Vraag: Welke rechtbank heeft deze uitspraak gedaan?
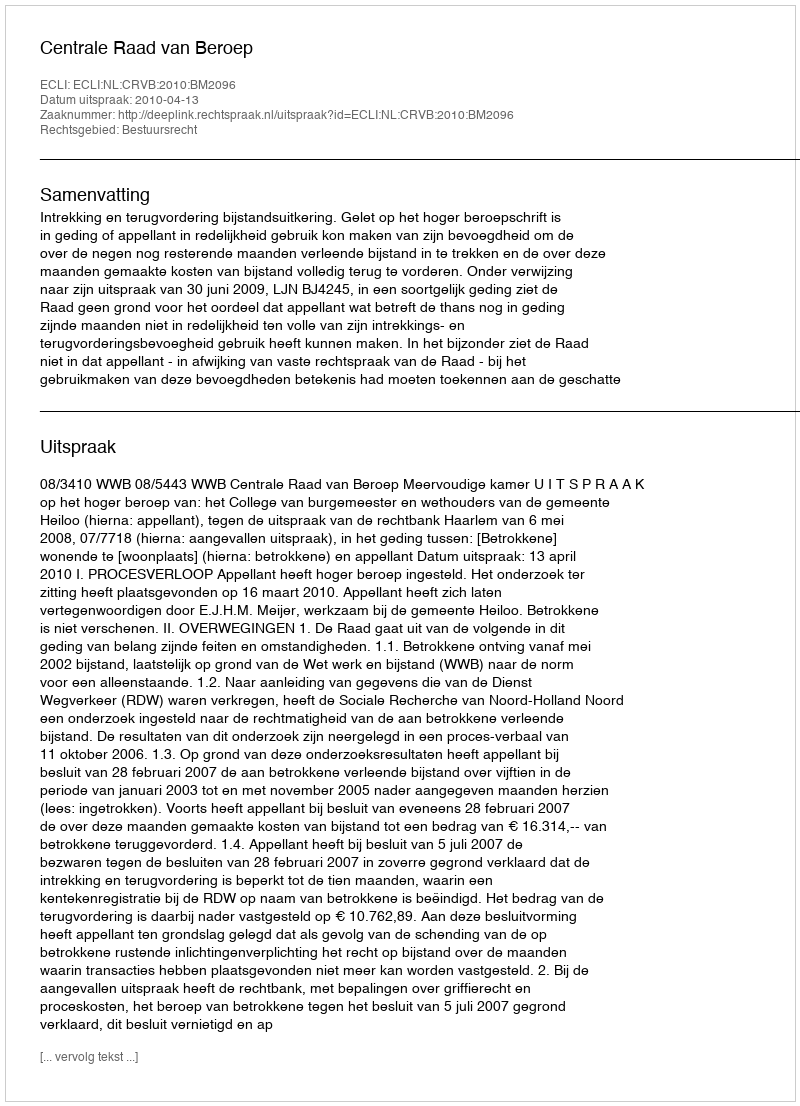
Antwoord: Centrale Raad van Beroep